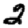
Digit: 2